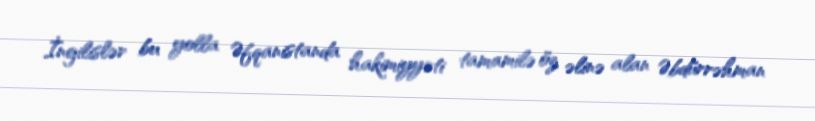
İngilislər bu yolla Əfqanistanda hakimiyyəti tamamilə öz əlinə alan Əbdürrəhman